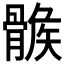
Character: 𩩽